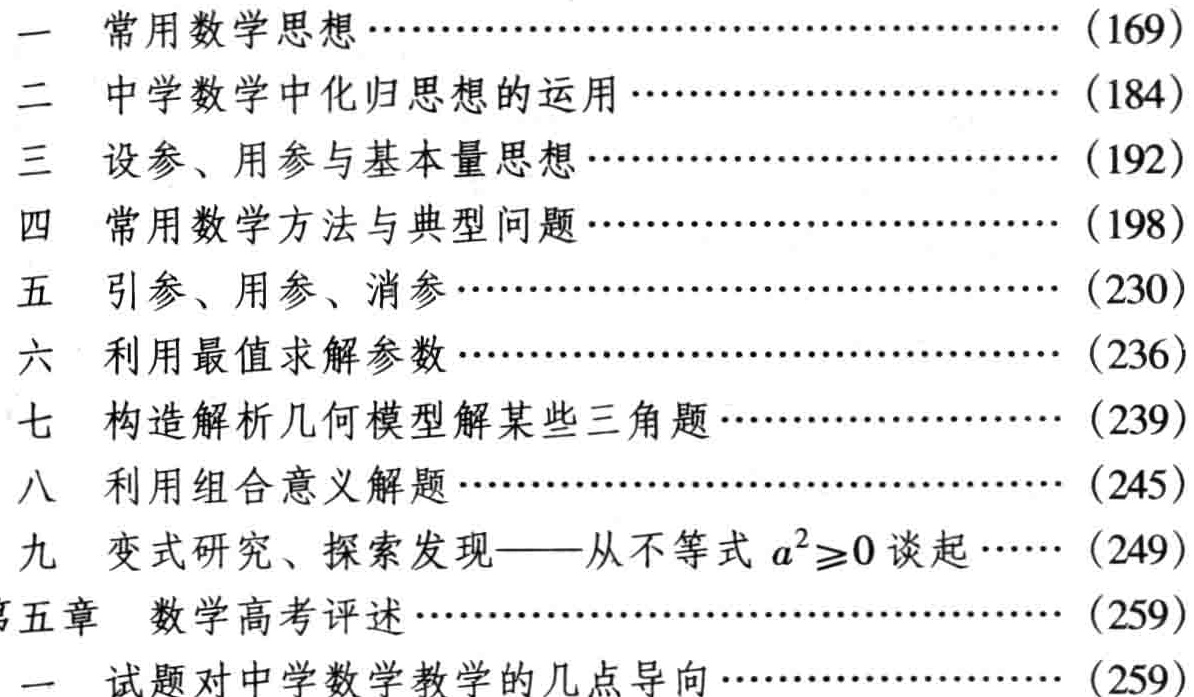
\begin{enumerate}

\item 常用数学思想\hfill（169）

\item 中学数学中化归思想的运用\hfill（184）

\item 设参、用参与基本量思想\hfill（192）

\item 常用数学方法与典型问题\hfill（198）

\item 引参、用参、消参\hfill（230）

\item 利用最值求解参数\hfill（236）

\item 构造解析几何模型解某些三角题\hfill（239）

\item 利用组合意义解题\hfill（245）

\item 变式研究、探索发现——从不等式 \(a^{2}\geq0\) 谈起\hfill（249）

\item 第五章 数学高考评述\hfill（259）

  \begin{enumerate}

  \item 试题对中学数学教学的几点导向\hfill（259）

  \end{enumerate}

\end{enumerate}